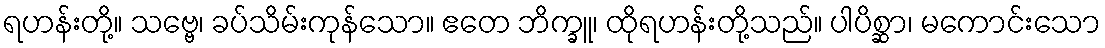
ရဟန်းတို့။ သဗ္ဗေ၊ ခပ်သိမ်းကုန်သော။ ဧတေ ဘိက္ခူ၊ ထိုရဟန်းတို့သည်။ ပါပိစ္ဆာ၊ မကောင်းသော